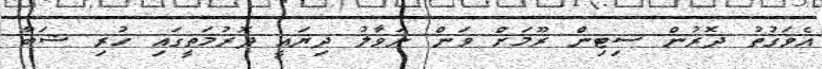
އެވަގުތު ދޮރުން ސިޓިން ރޫމަށް ވަން ނަވާލު ދިޔައީ ދޮރުމަތީގައި ހުރި ޝަބާ